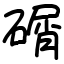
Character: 碿